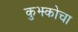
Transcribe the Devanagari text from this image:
कुझ्कोचा